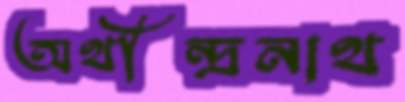
অথীন্দ্রনাথ